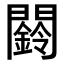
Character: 𮤧